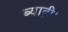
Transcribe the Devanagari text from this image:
ब्याही।